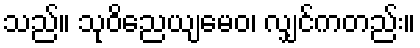
သည်။ သုဝိညေယျမေဝ၊ လျှင်ကတည်း။